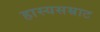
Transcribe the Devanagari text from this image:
हास्यसम्राट